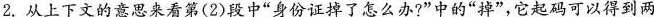
2.从上下文的意思来看第(2)段中”身份证掉了怎么 怎么办？”中人“掉” ，它起码可以得到两